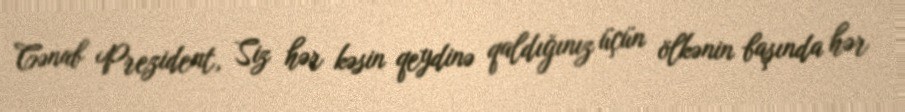
Cənab Prezident, Siz hər kəsin qeydinə qaldığınız üçün ölkənin başında hər